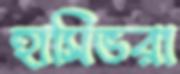
হাসিভরা